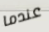
عندما